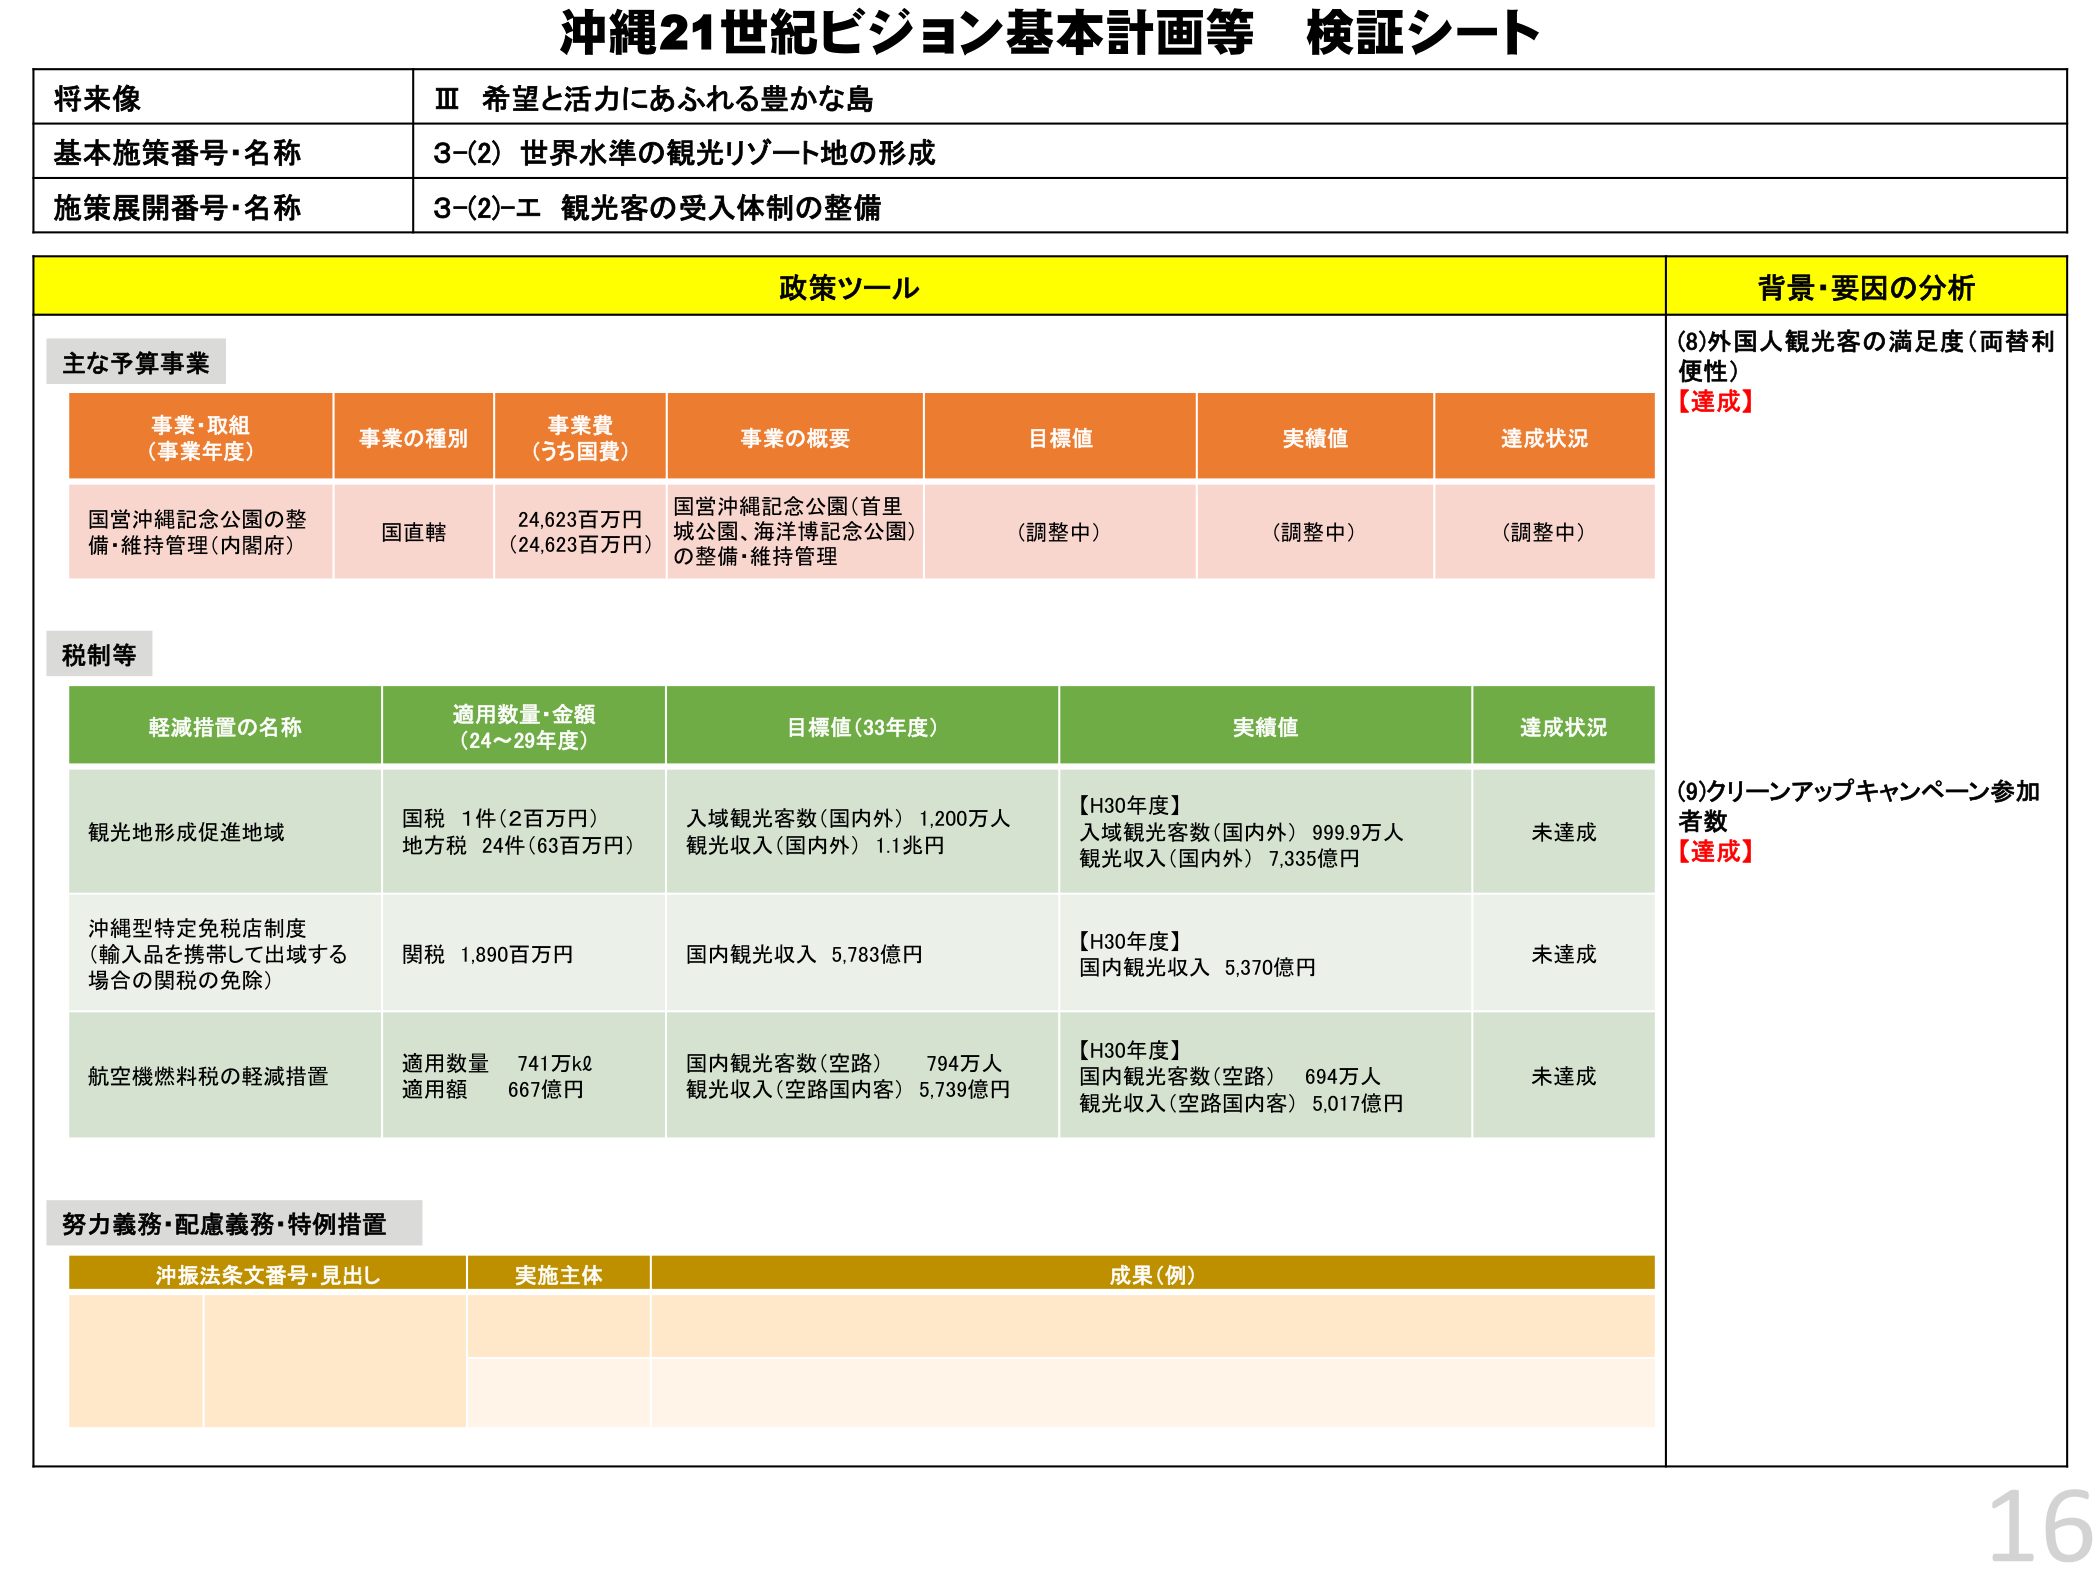
沖縄21世紀ビジョン基本計画等 検証シート

将来像
Ⅲ 希望と活力にあふれる豊かな島

基本施策番号・名称
3-(2) 世界水準の観光リゾート地の形成

施策展開番号・名称
3-(2)-エ 観光客の受入体制の整備

政策ツール

主な予算事業

事業・取組
（事業年度）
事業の種別
事業費
（うち国費）
事業の概要
目標値
実績値
達成状況

国営沖縄記念公園の整備・維持管理（内閣府）
国直轄
24,623百万円
（24,623百万円）
国営沖縄記念公園（首里城公園、海洋博記念公園）の整備・維持管理
（調整中）
（調整中）
（調整中）

税制等

軽減措置の名称
適用数量・金額
（24～29年度）
目標値（33年度）
実績値
達成状況

観光地形成促進地域
国税 1件（2百万円）
地方税 24件（63百万円）
入域観光客数（国内外） 1,200万人
観光収入（国内外） 1.1兆円
【H30年度】
入域観光客数（国内外） 999.9万人
観光収入（国内外） 7,335億円
未達成

沖縄型特定免税店制度
（輸入品を携帯して出域する場合の関税の免除）
関税 1,890百万円
国内観光収入 5,783億円
【H30年度】
国内観光収入 5,370億円
未達成

航空機燃料税の軽減措置
適用数量 741万kℓ
適用額 667億円
国内観光客数（空路） 794万人
観光収入（空路国内客） 5,739億円
【H30年度】
国内観光客数（空路） 694万人
観光収入（空路国内客） 5,017億円
未達成

努力義務・配慮義務・特例措置

沖縄法条文番号・見出し
実施主体
成果（例）

背景・要因の分析

(8)外国人観光客の満足度（両替利便性）
【達成】

(9)クリーンアップキャンペーン参加者数
【達成】

16